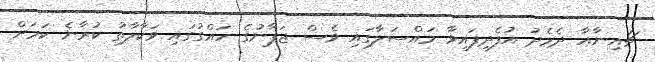
ޗައިނާއާ ދެމެދު އުފެދިފައިވާ މައްސަލާގައި ވެސް ޖަޕާނުގެ ހައްގުގައި ވަކާލާތު ކުރާނެ ކަމަށް